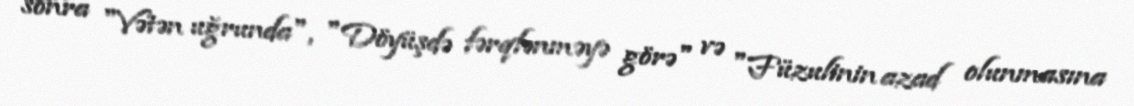
sonra "Vətən uğrunda", "Döyüşdə fərqlənməyə görə" və "Füzulinin azad olunmasına